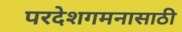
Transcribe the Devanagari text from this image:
परदेशगमनासाठी